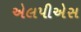
એલપીએસ